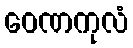
ဝေဏကုလံ